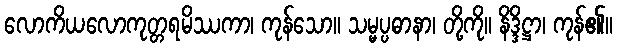
လောကိယလောကုတ္တရမိဿကာ၊ ကုန်သော။ သမ္မပ္ပဓာနာ၊ တို့ကို။ နိဒ္ဒိဋ္ဌာ၊ ကုန်၏။